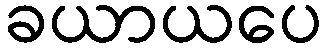
ခယာယပေ